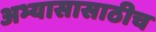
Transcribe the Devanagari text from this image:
अभ्यासासाठीच